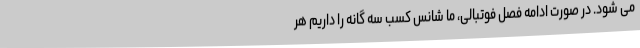
می شود. در صورت ادامه فصل فوتبالی، ما شانس کسب سه گانه را داریم هر